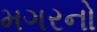
મગરનો